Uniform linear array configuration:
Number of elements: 24
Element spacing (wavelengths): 0.5
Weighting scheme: kaiser
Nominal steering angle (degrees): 0
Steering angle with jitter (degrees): -1.123
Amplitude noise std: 0.05
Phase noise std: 0.05

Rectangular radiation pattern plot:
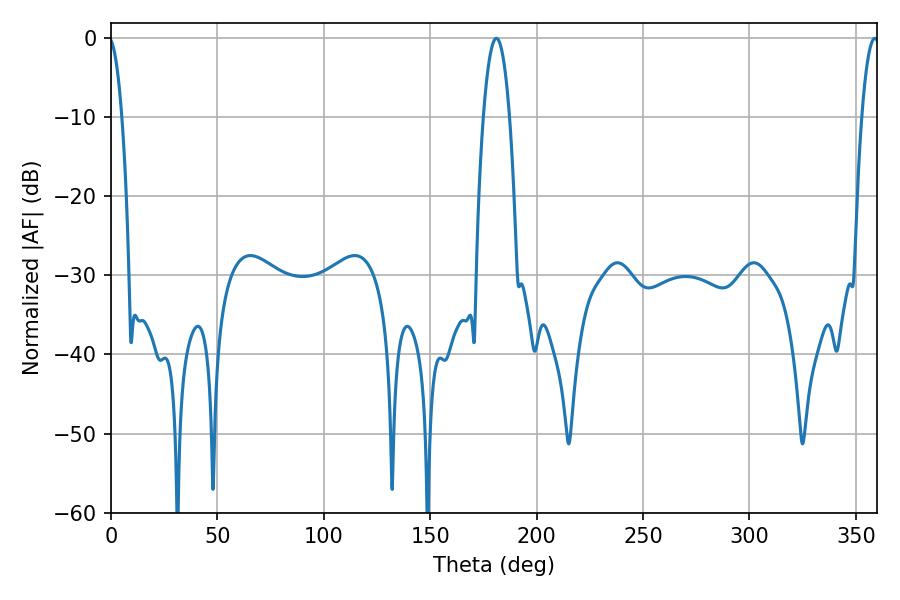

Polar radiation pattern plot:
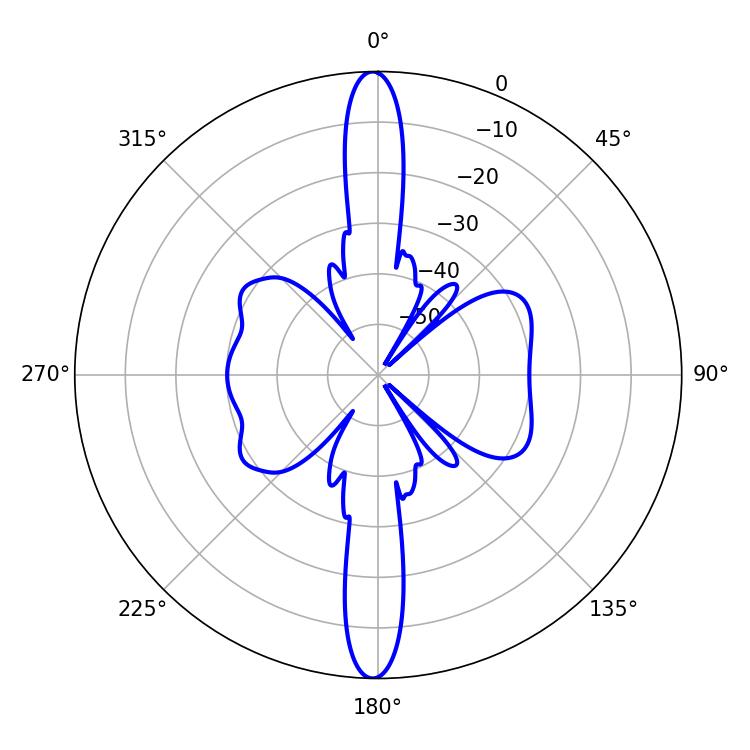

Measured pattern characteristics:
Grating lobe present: FALSE
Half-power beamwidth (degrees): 6.84
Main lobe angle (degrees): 181.08